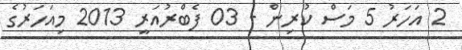
2 އަހަރު 5 މަސް ކުރިން - 03 ފެބްރުއަރީ 2013 މިއަހަރުގެ